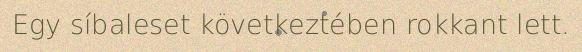
Egy síbaleset következtében rokkant lett.